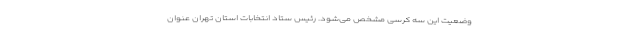
وضعیت این سه کرسی مشخص می‌شود. رئیس ستاد انتخابات استان تهران عنوان